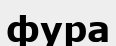
фура